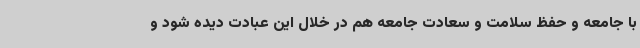
با جامعه و حفظ سلامت و سعادت جامعه هم در خلال این عبادت دیده شود و